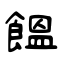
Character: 饂